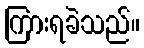
ကြားရခဲသည်။